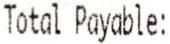
TOTAL PAYABLE: